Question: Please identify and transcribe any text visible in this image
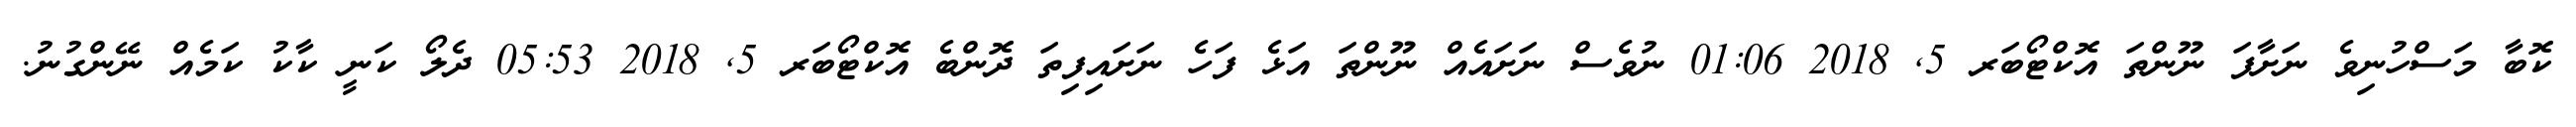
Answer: ކޮބާ މަސްހުނިވެ ނަށާފަ ނޫންތަ އޮކްޓޯބަރ 5, 2018 01:06 ނުވެސް ނަށައެއް ނޫންތަ އަޅެ ފަހެ ނަށައިފިތަ ދޮންބެ އޮކްޓޯބަރ 5, 2018 05:53 ދެލޯ ކަނީ ކާކު ކަމެއް ނޭންގުނު.